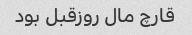
قارچ مال روزقبل بود